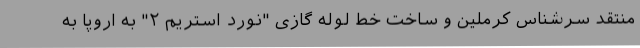
منتقد سرشناس کرملین و ساخت خط لوله گازی "نورد استریم ۲" به اروپا به